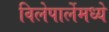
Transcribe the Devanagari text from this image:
विलेपार्लेमध्ये